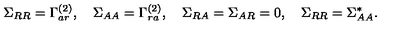
\Sigma _ { R R } = \Gamma _ { a r } ^ { ( 2 ) } , \quad \Sigma _ { A A } = \Gamma _ { r a } ^ { ( 2 ) } , \quad \Sigma _ { R A } = \Sigma _ { A R } = 0 , \quad \Sigma _ { R R } = \Sigma _ { A A } ^ { * } .